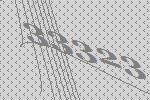
33323